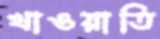
খাওয়াতি